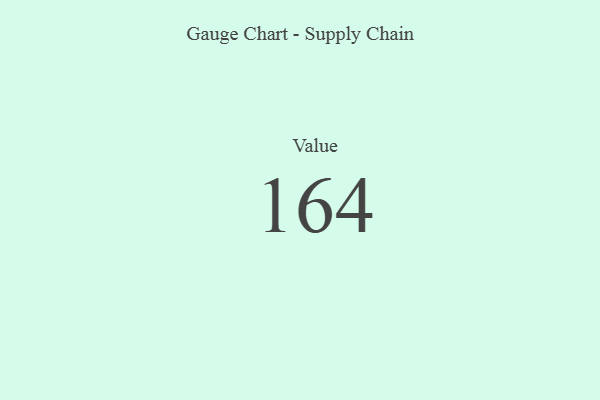
{"axis": {"x": "Metric", "y": "Value"}, "legend": [""], "data": [{"x": "Value", "y": 164, "type": ""}]}